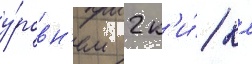
у́ровн'ем 2 к'и́/ км